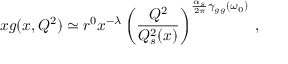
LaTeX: x g ( x , Q ^ { 2 } ) \simeq r ^ { 0 } x ^ { - \lambda } \left( { \frac { Q ^ { 2 } } { Q _ { s } ^ { 2 } ( x ) } } \right) ^ { { \frac { \alpha _ { s } } { 2 \pi } } \gamma _ { g g } ( \omega _ { 0 } ) } \; ,